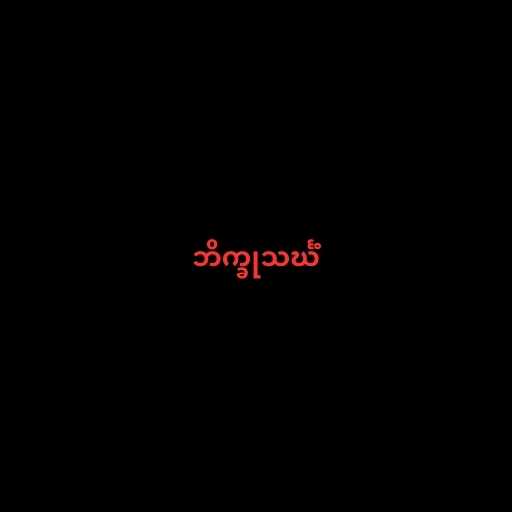
ဘိက္ခုသင်္ဃံ